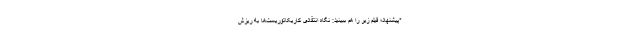
*پیشنهاد؛ فیلم زیر را هم ببینید: نگاه انتقادی کاریکاتوریست‌ها به ریزش